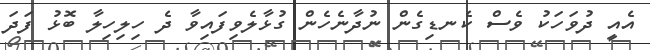
އެއީ ދުވަހަކު ވެސް ކެނޑިގެން ނުދާނެހެން ގުޅާލެވިފައިވާ ދެ ހިލިހިލާ ބޮޅު ފަދަ